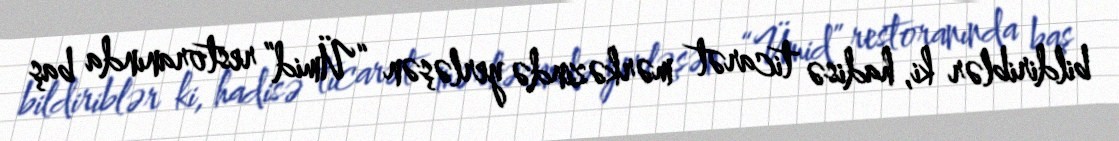
bildiriblər ki, hadisə ticarət mərkəzində yerləşən “Ümid” restoranında baş